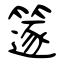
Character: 篴